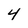
Character: 4